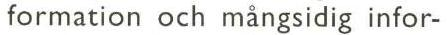
formation och mångsidig infor-